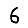
Digit: 6